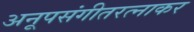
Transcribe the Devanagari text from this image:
अनूपसंगीतरत्नाकर